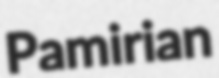
Pamirian